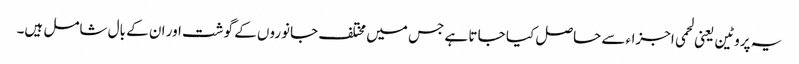
یہ پروٹین یعنی لحمی اجزاءسے حاصل کیا جا تا ہے جس میں مختلف جانوروں کے گوشت اور ان کے بال شامل ہیں۔